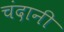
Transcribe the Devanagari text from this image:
चंदानी